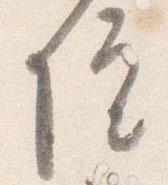
院